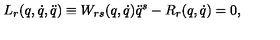
L _ { r } ( q , \dot { q } , \ddot { q } ) \equiv W _ { r s } ( q , \dot { q } ) \ddot { q } ^ { s } - R _ { r } ( q , \dot { q } ) = 0 ,